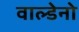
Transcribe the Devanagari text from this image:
वाल्डेनो